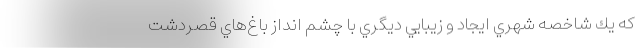
كه يك شاخصه شهري ايجاد و زيبايي ديگري با چشم انداز باغ‌هاي قصردشت